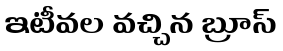
ఇటీవల వచ్చిన బ్రూస్